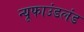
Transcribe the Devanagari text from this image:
न्यूफाउंडलंड